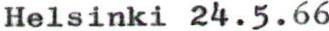
Helsinki 24.5.66